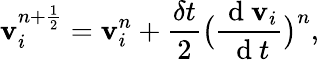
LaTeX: \mathbf{v}_{i}^{n+\frac{1}{2}}=\mathbf{v}_{i}^{n}+\frac{\delta t}{2}\big(\frac{\mathrm{~d~}\mathbf{v}_{i}}{\mathrm{~d~}t}\big)^{n},